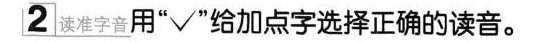
2读准字☆用”√”给加点字选择正确的读音。